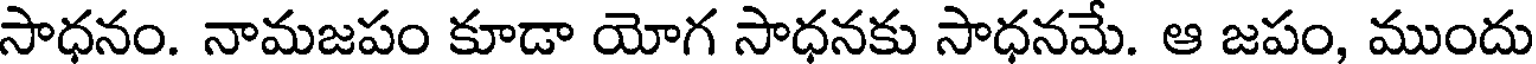
సాధనం. నామజపం కూడా యోగ సాధనకు సాధనమే. ఆ జపం, ముందు